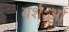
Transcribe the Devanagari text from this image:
वर्शःओं